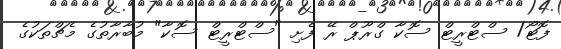
ފޮޓޯ/ ސްޓްރީޓް ސޮކާ ގްރޫޕް ރޭ ފެށި "ސްޓްރީޓް ސޮކާ" މުބާރާތުގެ މެޗްތަކުގެ